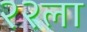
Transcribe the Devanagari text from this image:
२२ला